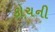
કોચની